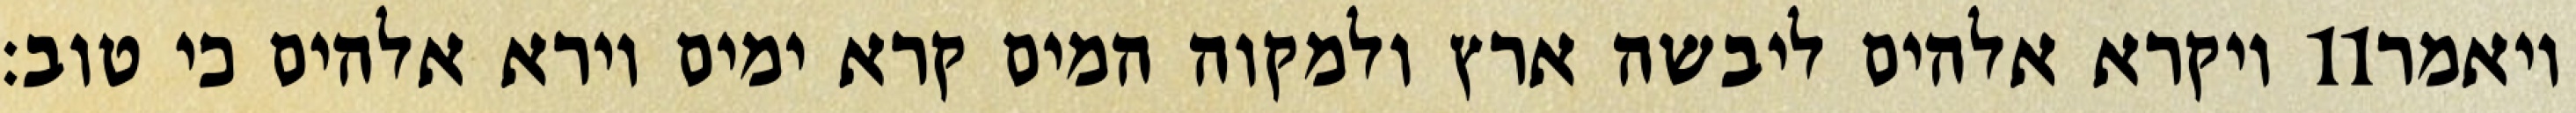
ויקרא אלהים ליבשה ארץ ולמקוה המים קרא ימים וירא אלהים כי טוב׃ ‎11‏ ויאמר